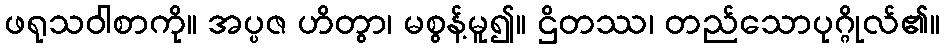
ဖရုသဝါစာကို။ အပ္ပဇ ဟိတွာ၊ မစွန့်မူ၍။ ဌိတဿ၊ တည်သောပုဂ္ဂိုလ်၏။